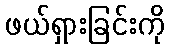
ဖယ်ရှားခြင်းကို